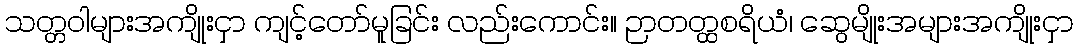
သတ္တဝါများအကျိုးငှာ ကျင့်တော်မူခြင်း လည်းကောင်း။ ဉာတတ္ထစရိယံ၊ ဆွေမျိုးအများအကျိုးငှာ